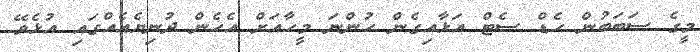
މީގެ ސަބަބުން ހެޑް ސެޓް އަޅާއިގެން ހުންނަ މީހާއަށް އެހެން ދުނިޔެއެއްގައި އުޅެވޭ